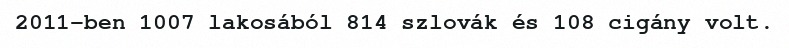
2011-ben 1007 lakosából 814 szlovák és 108 cigány volt.